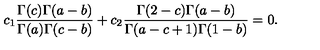
c _ { 1 } \frac { \Gamma ( c ) \Gamma ( a - b ) } { \Gamma ( a ) \Gamma ( c - b ) } + c _ { 2 } \frac { \Gamma ( 2 - c ) \Gamma ( a - b ) } { \Gamma ( a - c + 1 ) \Gamma ( 1 - b ) } = 0 .